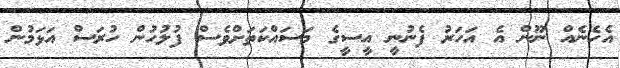
އެހެނެއް ނޫން އެ އަހަރު ފެނުނީ އީސީގެ މަސައްކަތަށްވެސް ފުލުހުން ހުރަސް އަޅަމުން